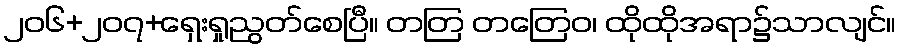
၂၀၆+၂၀၇+ရှေးရှုညွတ်စေပြီ။ တတြ တတြေဝ၊ ထိုထိုအရာ၌သာလျင်။